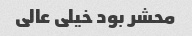
محشر بود خیلی عالی